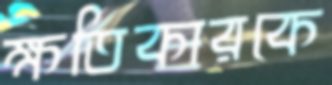
ক্ষতিকারকে